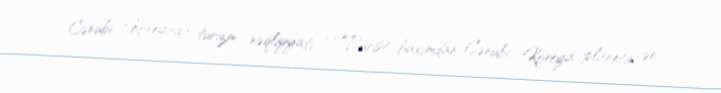
Cənubi Koreyada turizm nəqliyyatı — Turist baxımdan Cənubi Koreya planetin ən